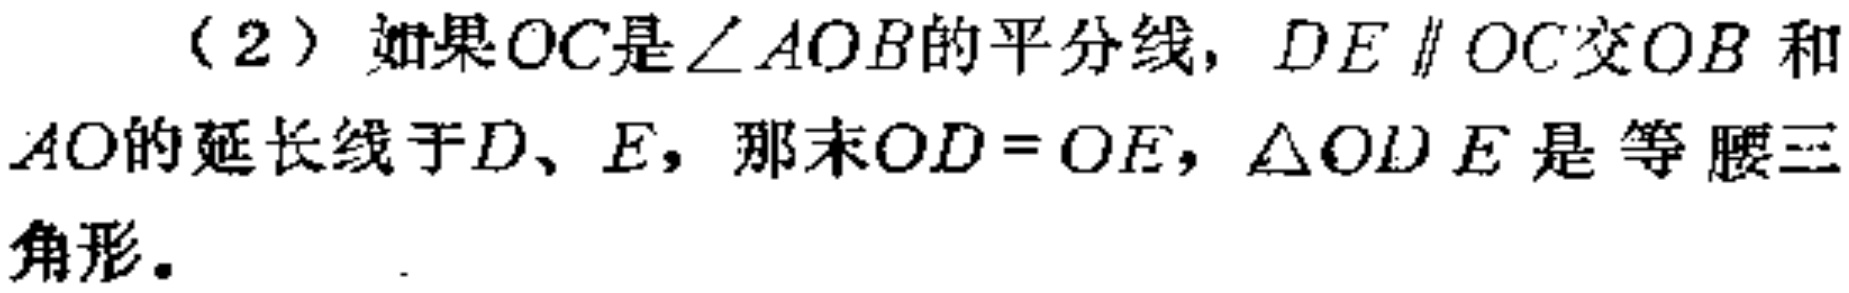
（2）如果$OC$是$\angle AOB$的平分线，$DE\parallel OC$交$OB$和$AO$的延长线于$D、E$，那末$OD = OE$，$\triangle ODE$是等腰三角形。